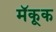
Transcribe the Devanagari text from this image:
मॅकूक